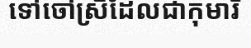
ទៅចៅស្រីដែលជាកុមារី